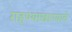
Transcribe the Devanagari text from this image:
राहण्याखाण्याचे